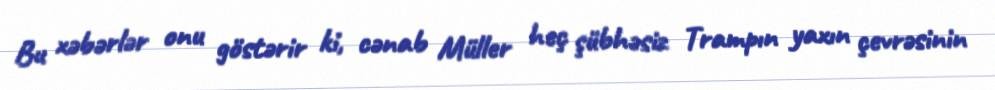
Bu xəbərlər onu göstərir ki, cənab Müller heç şübhəsiz Trampın yaxın çevrəsinin